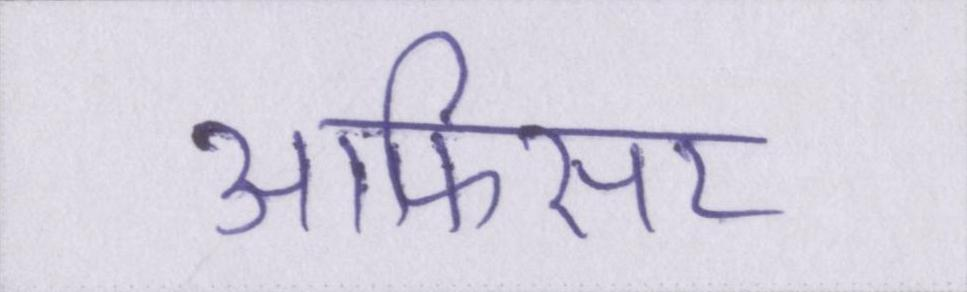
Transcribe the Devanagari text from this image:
आफिसर